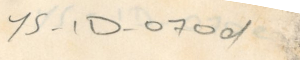
YS-1D- 070d